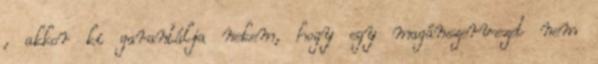
, akkor ki garantálja nekem, hogy egy magánszervezet nem